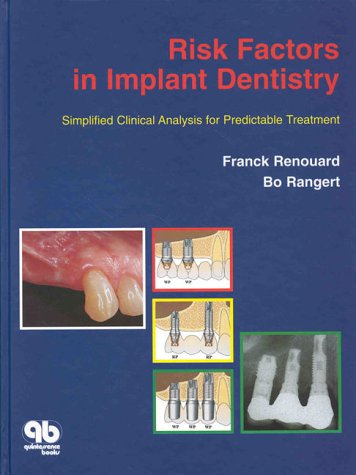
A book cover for Risk Factors in Implant Dentistry: Simplified Clinical Analysis for Predictable Treatment; Franck Renouard; Medical Books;